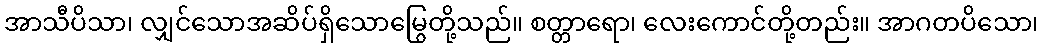
အာသီပိသာ၊ လျှင်သောအဆိပ်ရှိသောမြွေတို့သည်။ စတ္တာရော၊ လေးကောင်တို့တည်း။ အာဂတပိသော၊